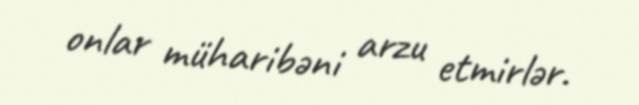
onlar müharibəni arzu etmirlər.